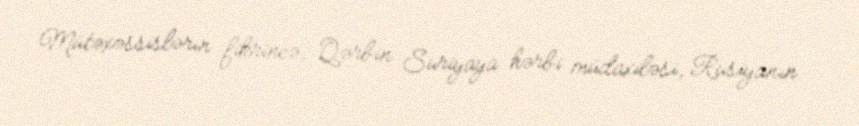
Mütəxəssislərin fikrincə, Qərbin Suriyaya hərbi müdaxiləsi, Rusiyanın